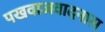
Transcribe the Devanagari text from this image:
पखवाजवादनास